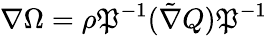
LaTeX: \nabla\Omega=\rho\mathfrak{P}^{-1}(\tilde{{\nabla}}Q)\mathfrak{P}^{-1}